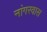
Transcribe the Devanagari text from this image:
नांगरवास